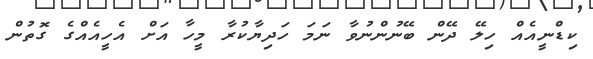
ކިޑްނީއެއް ހިލޭ ދޭން ބޭނުންނުވާ ނަމަ ހަދިޔާކުރާ މީހާ އަށް އެހީއެއްގެ ގޮތުން